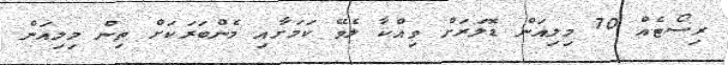
ރިސޯޓެއް 70 މިލިއަން ޑޮލަރަށް ވިއްކާ ލެވޭ ކަމަށާއި މެންބަރަކަށް ތިން މިލިއަން